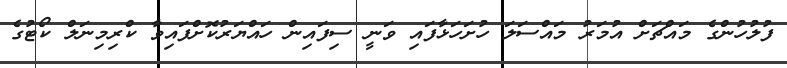
ފުލުހުންގެ މައްޗަށް އުމަރު މައްސަލަ ހުށަހަޅާފައި ވަނީ ސިފައިން ހައްޔަރުކޮށްފައިވާ ކްރިމިނަލް ކޯޓުގެ